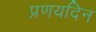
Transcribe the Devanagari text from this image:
प्रणयदिन